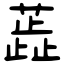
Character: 蕋